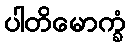
ပါတိမောက္ခံ